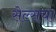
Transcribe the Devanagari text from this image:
सेल्सचा